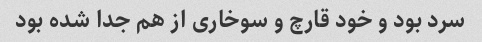
سرد بود و خود قارچ و سوخاری از هم جدا شده بود